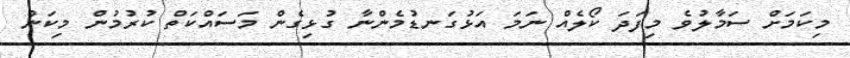
މިކަމަށް ސަމާލުވެ މިފަދަ ކޯލެއް ނަމަ އަޅުގަނޑުމެންނާ ގުޅިގެން މަސައްކަތް ކުރުމުން މިކަން